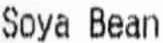
SOYA BEAN